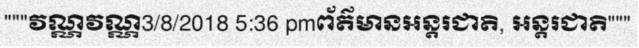
"""វណ្ណវណ្ណ3/8/2018 5:36 pmព័ត៌មានអន្តរជាតិ, អន្តរជាតិ"""